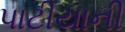
પાટીયાની